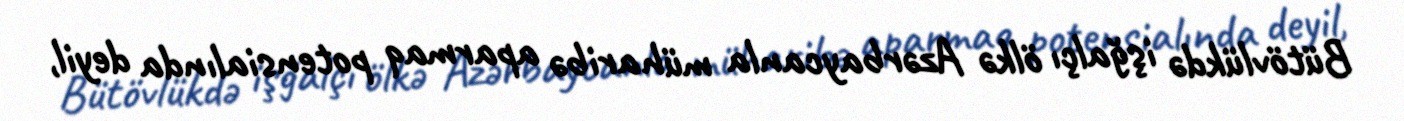
Bütövlükdə işğalçı ölkə Azərbaycanla müharibə aparmaq potensialında deyil,